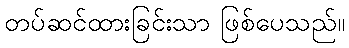
တပ်ဆင်ထားခြင်းသာ ဖြစ်ပေသည်။